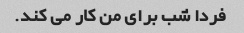
فردا شب برای من کار می کند.